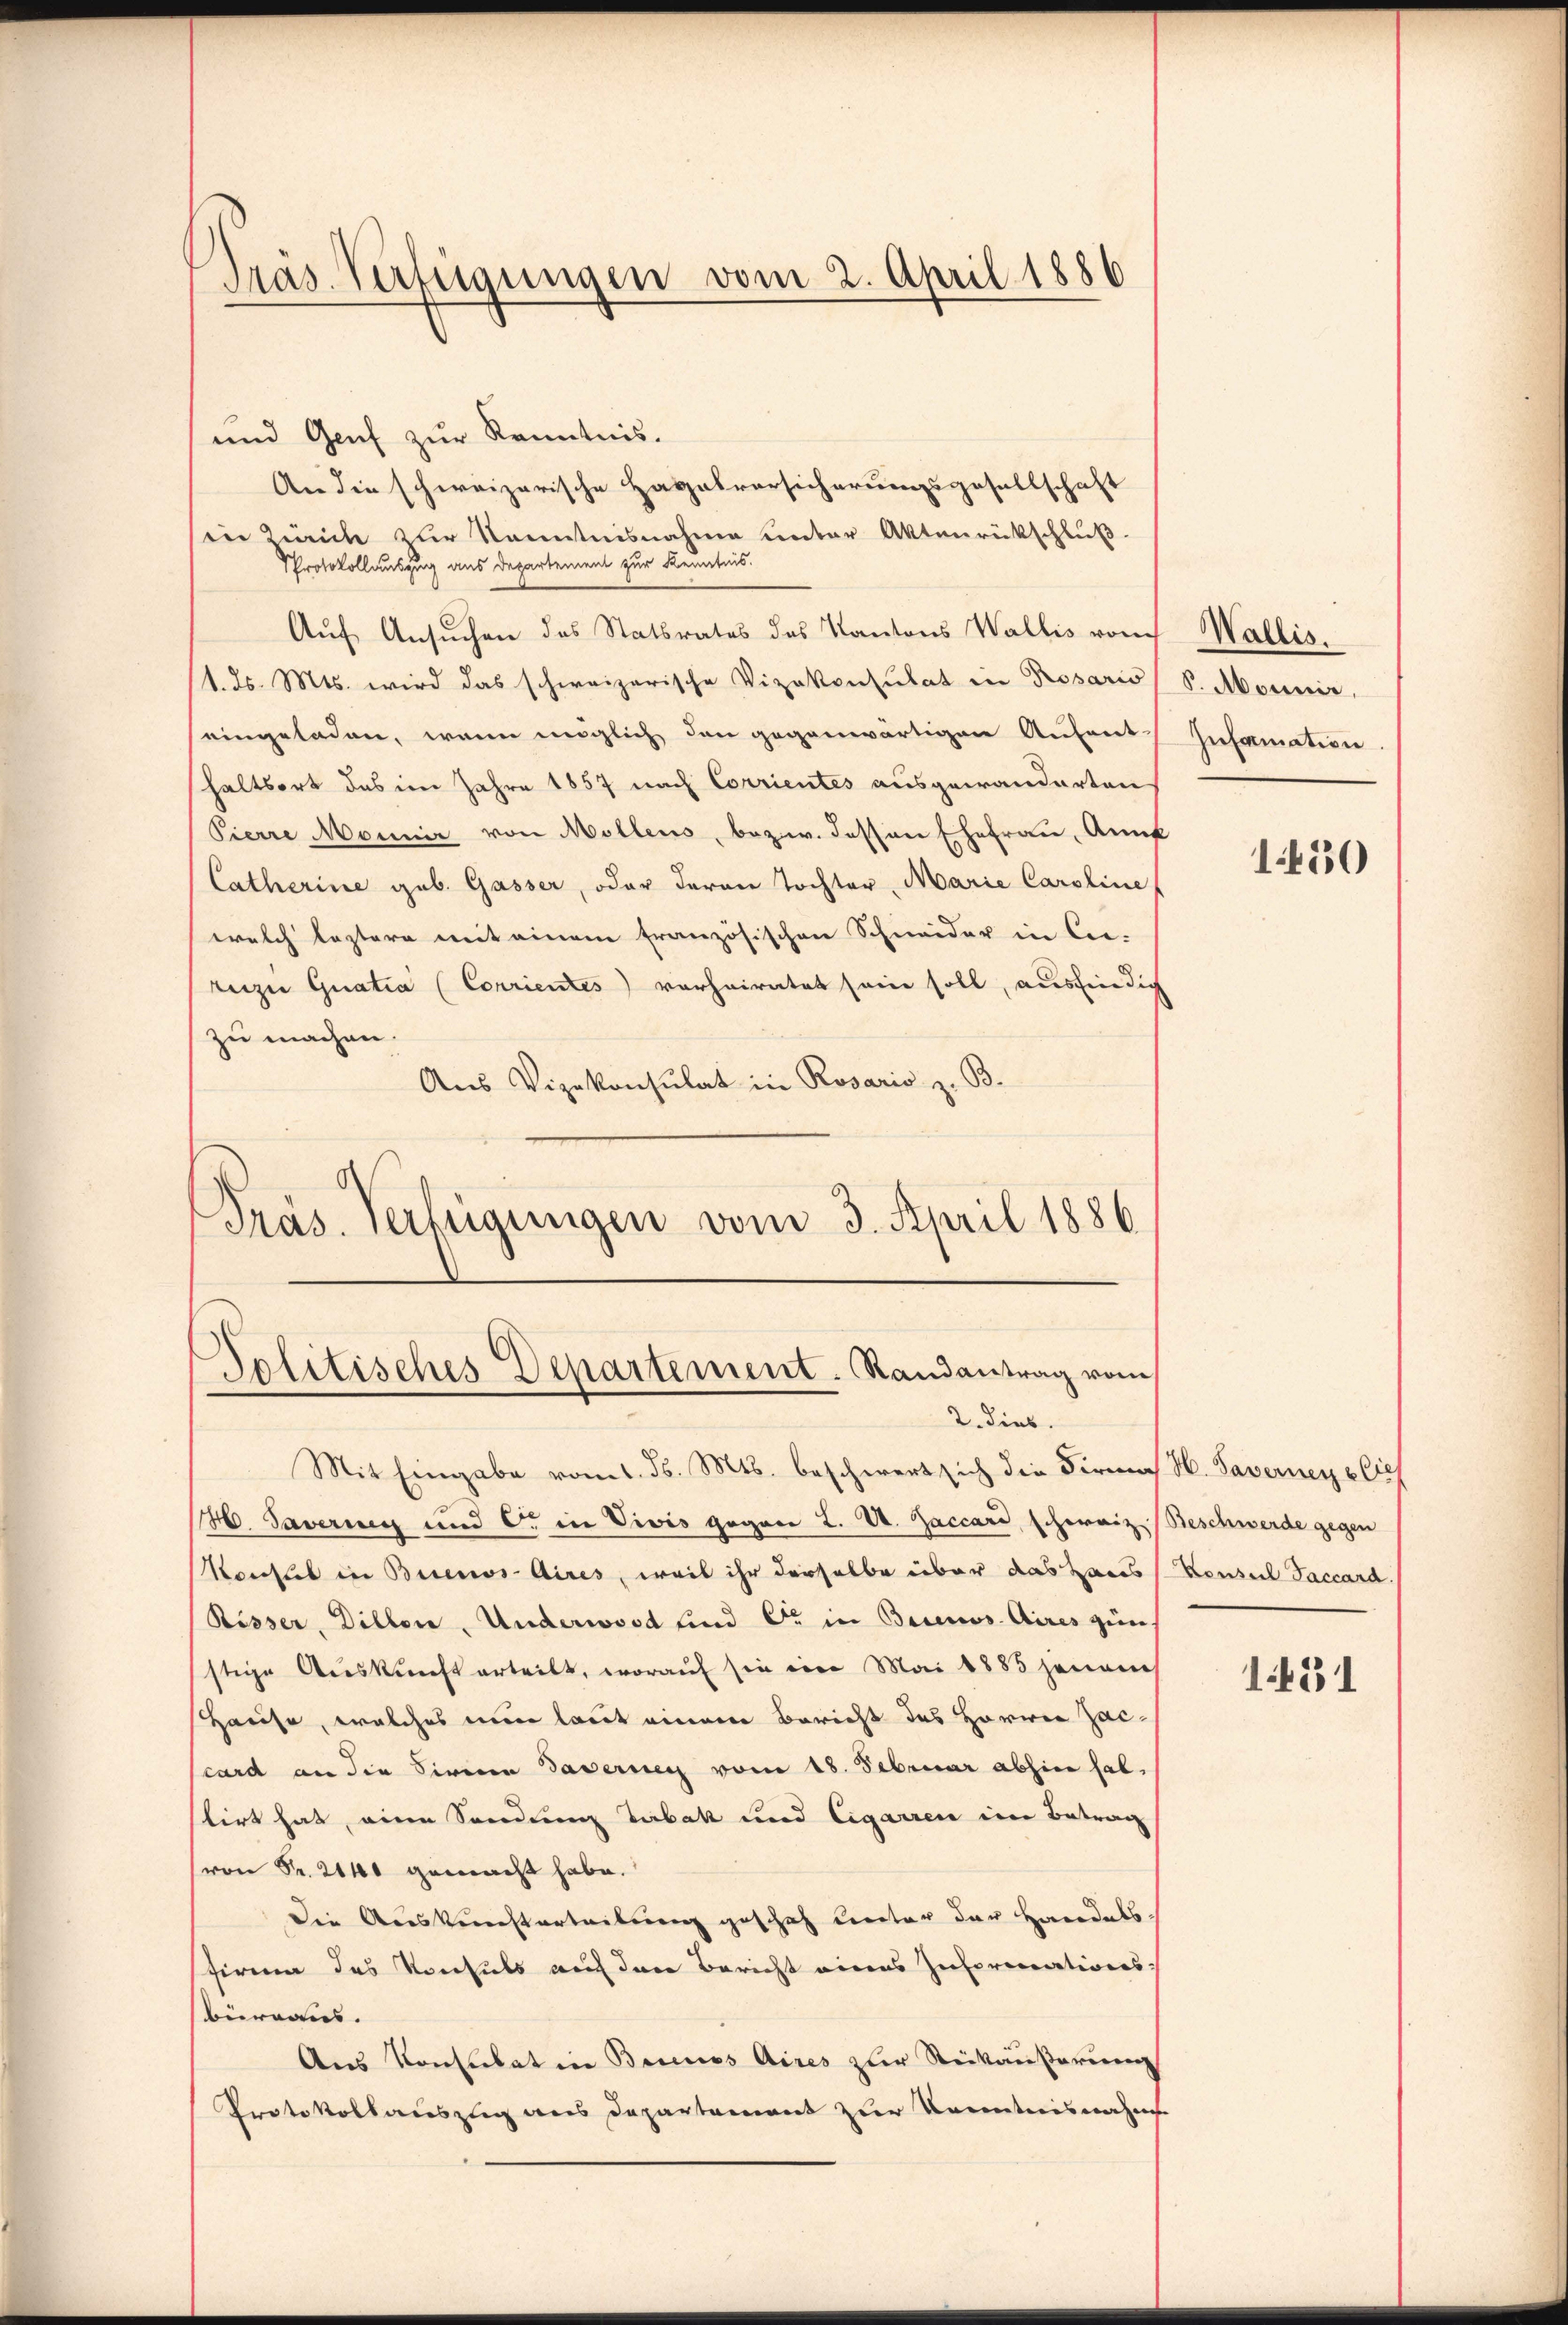
Präs. Verfügungen vom 2. April 1886

und Genf zur Kenntnis.
An die schweizerische Hagelvorsicherungsgesellschaft
in Zürich zur Kenntnisnahme unter Aktenrückschluß
Protokollauszug aus Departement zur Kenntnis.
Auf Ansuchen des Statsrates des Kantons Wallis von
1. ds. Mts. wird das schweizerische Vizekonsulat in Prosario
eingeladen, wenn möglich den gegenwärtigen Aufent-
shaltsort des im Jahre 1857 nach Corrientes ausgewanderten
Pierre Monnir von Mollens, bezw. dessen Ehefrau, Ann
Catherine geb. Gasser, oder daran Tochter, Marie Caroline
welch leztere mit einem französischen Schneider in lei-
rezi Guatia (Corrientes) vorheiratet sein soll, ausfindig
zu machen.
Aus Vizekonsulat in Rosario z. B.
Präs. Verfügungen vom 3. April 1886

Politisches Departement. Randantrag vom
2. Dieb.

Mit Eingabe vom 1. d. Mts. beschwert sich die Firma
H. Tavering und C. in Divis gegen L. V. Zaccard, schweiz (Beschwerde gegen
Konsul in Buenos Aires, weil ihr derselbe über das Haus
Risser, Dillen. Underword und Er in Brinos Aires güns
stige Auskunft erteilt, worauf sie ein Mai 1885 jenen
Hause, welches eine laut einem Bericht des Herren Zacscard an die Sirnen Taverner vom 18. Februar abhin hab,
tirt hat, einen Sendung Tabak und Cigarren im Betrag
(von Fr. 2040 gemacht habe.
Die Auskunsterteilung geschah unter der Handelsfirum das Konsuls auf den Bericht eines Insermations-
Büreaus.
Aus Konsulat in Buenos Aires zur Seckaußerung
Protokollauszug aus Departement zur Kenntnisnahe

Wallis.
S. Monnie,
Information.

1450

H. Savernerelief
Konseil Jaccard.

1431